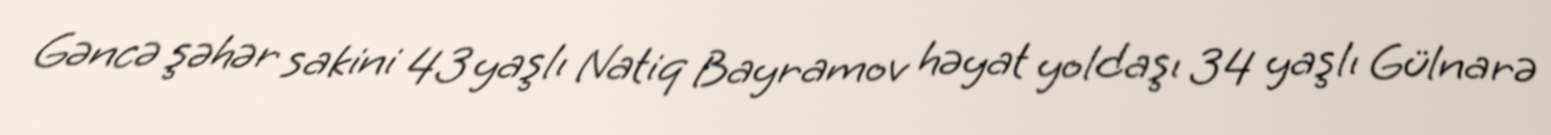
Gəncə şəhər sakini 43 yaşlı Natiq Bayramov həyat yoldaşı 34 yaşlı Gülnarə